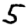
Digit: 5